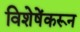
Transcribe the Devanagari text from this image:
विशेषेंकरून